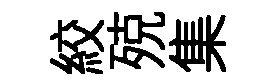
絞殑集